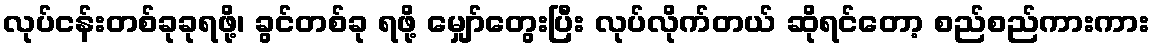
လုပ်ငန်းတစ်ခုခုရဖို့၊ ခွင်တစ်ခု ရဖို့ မျှော်တွေးပြီး လုပ်လိုက်တယ် ဆိုရင်တော့ စည်စည်ကားကား